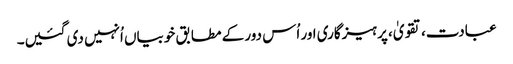
عبادت، تقویٰ، پرہیزگاری اور اُس دور کے مطابق خوبیاں اُنہیں دی گئیں۔